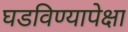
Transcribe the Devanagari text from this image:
घडविण्यापेक्षा